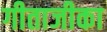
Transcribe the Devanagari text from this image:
गीताजीका